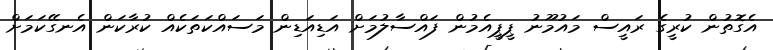
އެގޮތުން ކުރީގެ ރައީސް މައުމޫނު ޕީޕީއެމުން ފައްސާލުމަށް އަޑިއަޑިން މަސައްކަތަކެއް ކުރާކަން އެނގޭކަމަށް